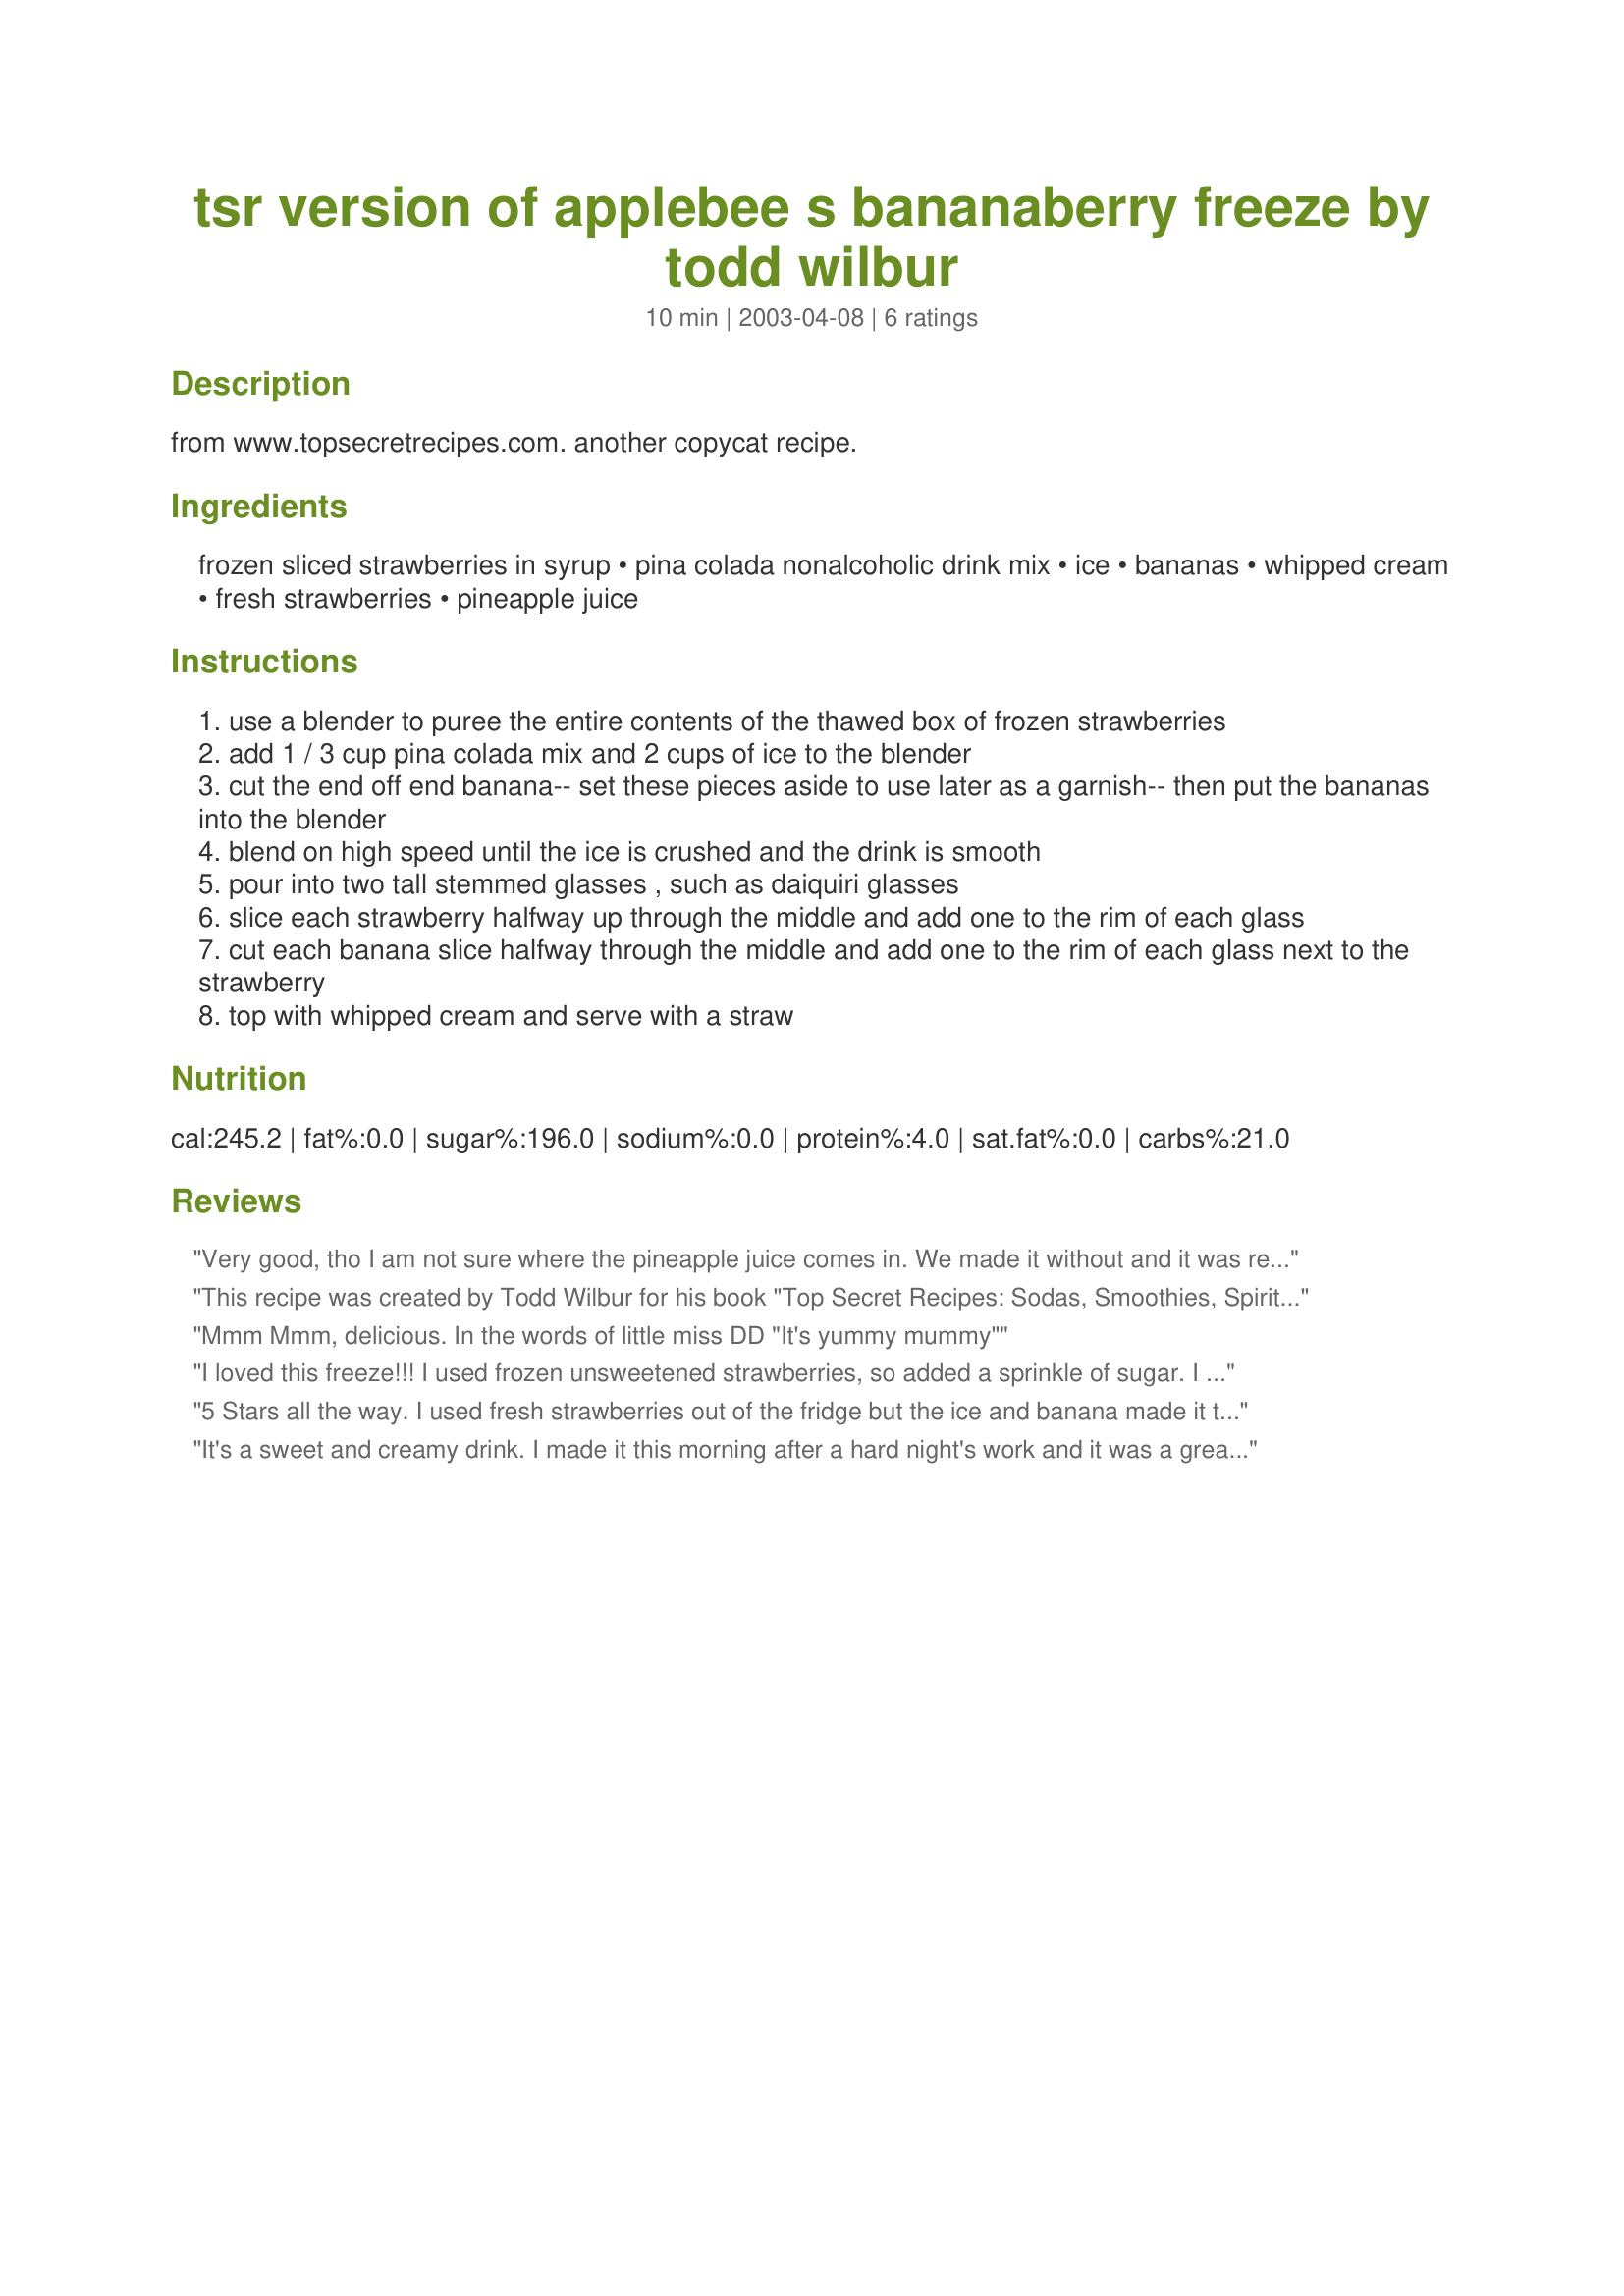
tsr version of applebee s bananaberry freeze by todd wilbur
Preparation time: 10 minutes

from www.topsecretrecipes.com. another copycat recipe.

Ingredients:
frozen sliced strawberries in syrup, pina colada nonalcoholic drink mix, ice, bananas, whipped cream, fresh strawberries, pineapple juice

Steps:
use a blender to puree the entire contents of the thawed box of frozen strawberries
add 1 / 3 cup pina colada mix and 2 cups of ice to the blender
cut the end off end banana-- set these pieces aside to use later as a garnish-- then put the bananas into the blender
blend on high speed until the ice is crushed and the drink is smooth
pour into two tall stemmed glasses , such as daiquiri glasses
slice each strawberry halfway up through the middle and add one to the rim of each glass
cut each banana slice halfway through the middle and add one to the rim of each glass next to the strawberry
top with whipped cream and serve with a straw

Reviews:
Very good, tho I am not sure where the pineapple juice comes in. We made it without and it was really good. We will try it with a dab of pineapple juice next time. A definate keeper!
This recipe was created by Todd Wilbur for his book "Top Secret Recipes: Sodas, Smoothies, Spirits and Shakes (Penguin/Putnam 2002)
Mmm Mmm, delicious. In the words of little miss DD "It's yummy mummy"
I loved this freeze!!! I used frozen unsweetened strawberries, so added a sprinkle of sugar. I used pineapple juice in place of the pina colada mix, as I don't care for the coconut flavor. This was a nice change from the yogurt/milk smoothies, very refreshing.
5 Stars all the way. I used fresh strawberries out of the fridge but the ice and banana made it think but nicely drinkable. I didn't put the banana bits on the glass, shoot I had trouble getting the berry and whipped cream to fit! The pina colada mix really gave it something special.
It's a sweet and creamy drink. I made it this morning after a hard night's work and it was a great drink to "freeze" the brain at the end of the day.
